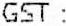
GST :